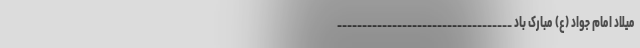
میلاد امام جواد (ع) مبارک باد ___________________________________